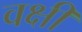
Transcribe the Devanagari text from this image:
वक्षी